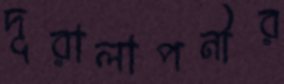
দূরালাপনীর